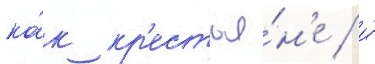
ка́к кр'естья́н'е / и́